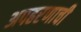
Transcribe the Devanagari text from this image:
अपहरणाची